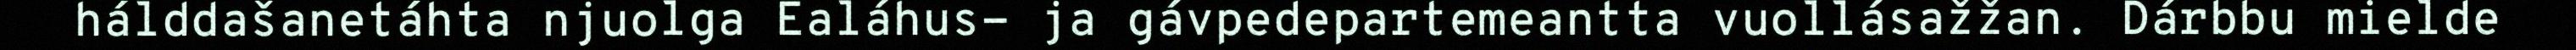
hálddašanetáhta njuolga Ealáhus- ja gávpedepartemeantta vuollásažžan. Dárbbu mielde